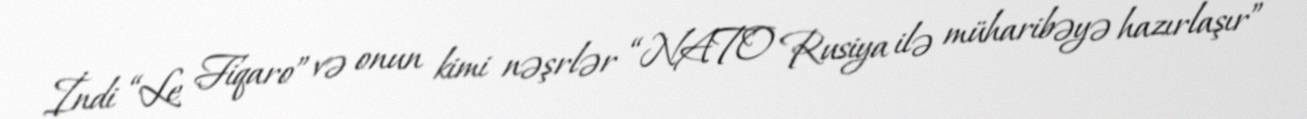
İndi “Le Fiqaro” və onun kimi nəşrlər “NATO Rusiya ilə müharibəyə hazırlaşır”